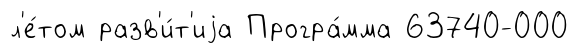
л'е́том разв'и́т'иjа Програ́мма 63740-000